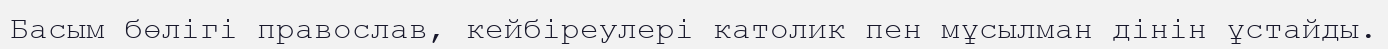
Басым бөлігі православ, кейбіреулері католик пен мұсылман дінін ұстайды.